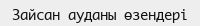
Зайсан ауданы өзендері